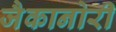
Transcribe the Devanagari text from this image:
जैकानोरी